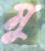
মু